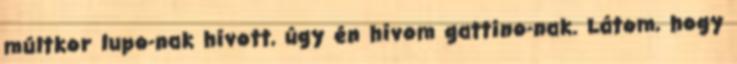
múltkor lupo-nak hívott, úgy én hívom gattino-nak. Látom, hogy